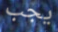
يجب